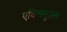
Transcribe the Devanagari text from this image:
एक्सिगुउस